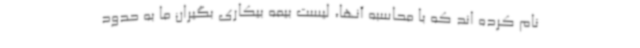
نام کرده اند که با محاسبه آنها، لیست بیمه بیکاری بگیران ما به حدود